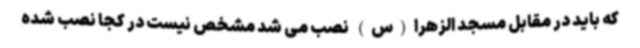
که باید در مقابل مسجد الزهرا(س) نصب می شد مشخص نیست در کجا نصب شده